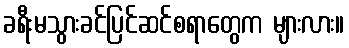
ခရီးမသွားခင်ပြင်ဆင်စရာတွေက များလား။